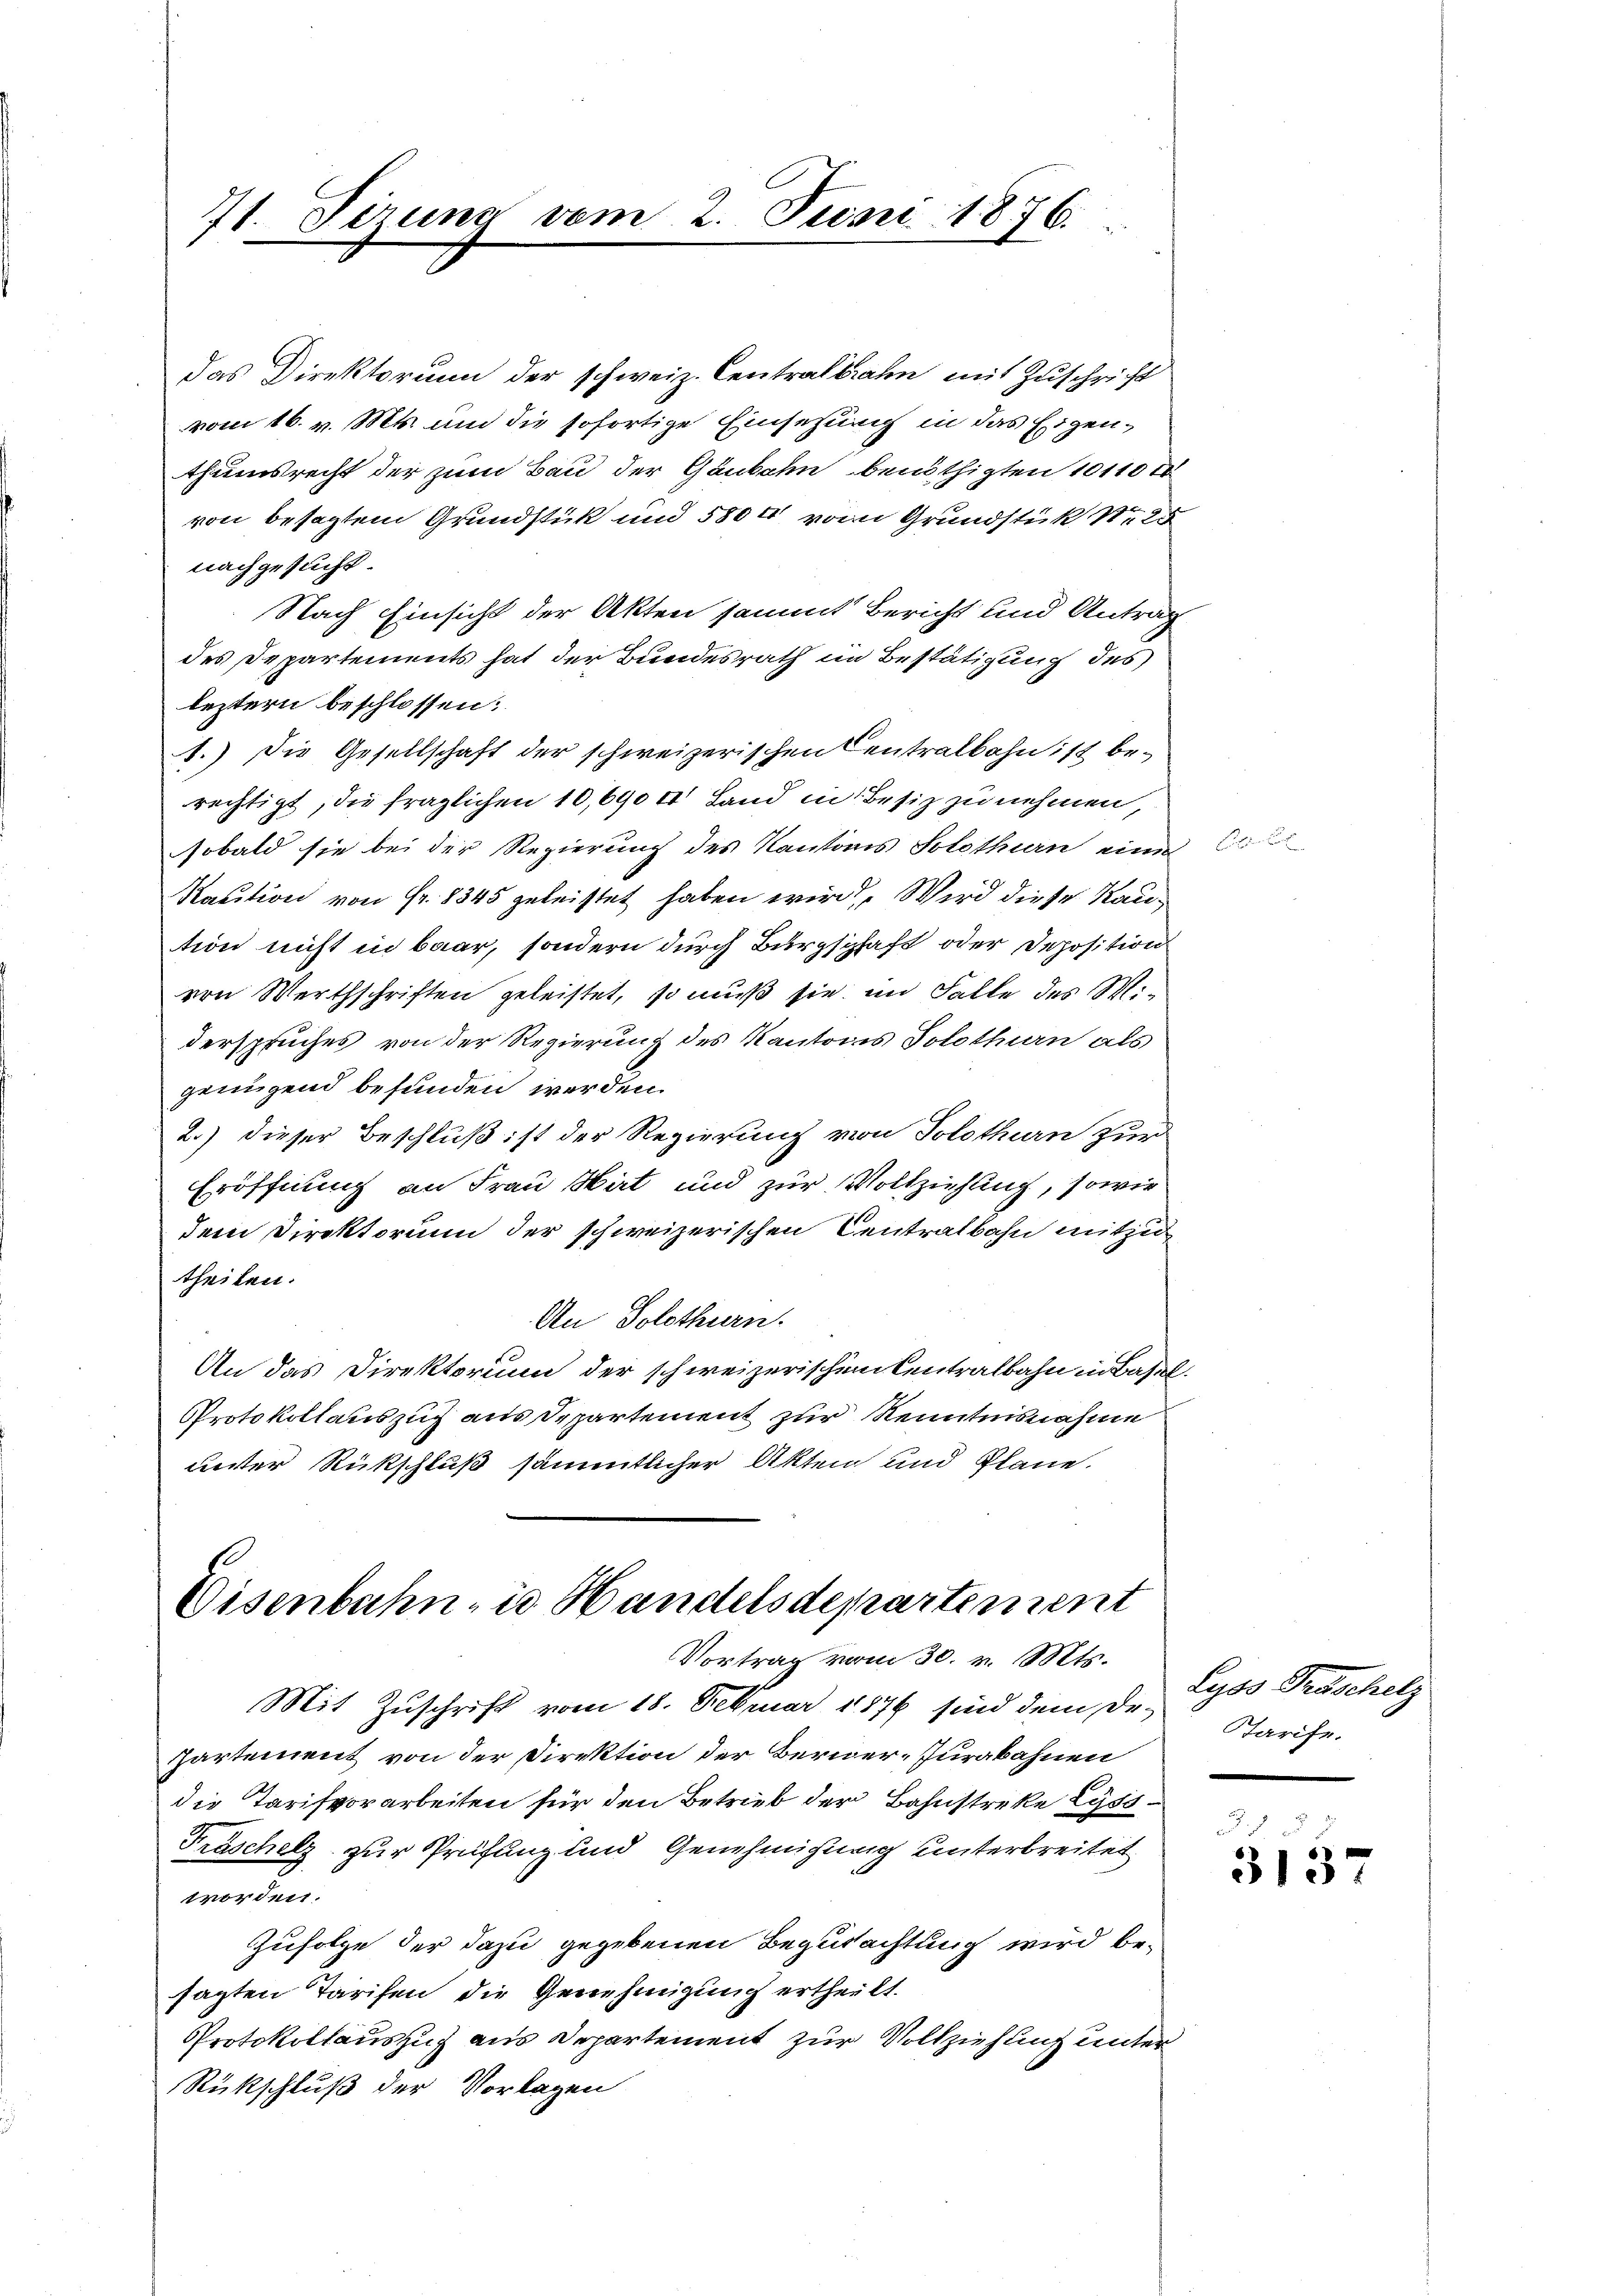
das Direktorium der schweiz. Centralbahn mit Zuschrift
vom 16. v. Mts. und die sofortige Einsetzung in das Eigenthumsrecht der zum Bau der Gaubahn benöthigten 10110 d
von besagtem Grundstück und 5800 vom Grundstük Nr. 25
nachgesucht.
Nach Einsicht der Akten sammt Bericht und Antrag
des Departements hat der Bundesrath im Bestätigung des
leztern beschlossen:
1.) Die Gesellschaft der schweizerischen Centralbahn ist berechtigt, die fraglichen 10,690 d Land in Besiz zu nehmen
sobald sie bei der Regierung des Kantonis Solothurn eine
Raution von Fr. 8345 geleistet haben wird. Wird diese Raution nicht in baar, sondern durch Bürgschaft oder Deposition
von Werthschriften geleistet, so muß sie im Falle des Miderspruches von der Regierung des Kantons Solothurn als
genügend befunden werden.
2.) dieser Beschluß ist der Regierung von Solothurn zur
Eröffnung an Frau Wirt und zur Vollziehung, sowie
dem Direktorium der schweizerischen Centralbahn mitzu
theilen.
An Solothurn.
An das Direktorium der schweizerischen Centralbahn in Basel.
Protokollauszug aus Departement zur Kenntnisnahme
unter Rückschluß sämmtlicher Akten und Pläne.

71. Tizung vom 2. Juni 1876.

Eisenbahn, in Handelsdepartement
Vortrag vom 30. v. Mts.

Mit Zuschrift vom 18. Februar 1876 sind dem des Starise.
Partement von der Direktion der Berner-Jurabahnen
die Tarifvorarbeiten für den Betrieb der Bahnstreke Lyss¬
Fräschelz zur Prüfung und Genehmigung unterbreitet
worden.
Zufolge der dazu gegebenen Begutachtung wird besagten Tarifen, die Genehmigung ertheilt.
Protokollauszug aus Departement zur Vollziehung unter
Rückschluß der Vorlagen

Lyss Groschelz

3t. § 3
313